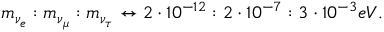
m _ { \nu _ { e } } : m _ { \nu _ { \mu } } : m _ { \nu _ { \tau } } \leftrightarrow 2 \cdot 1 0 ^ { - 1 2 } : 2 \cdot 1 0 ^ { - 7 } : 3 \cdot 1 0 ^ { - 3 } e V .